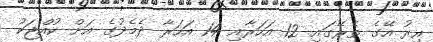
އިރު އޭގެ ތެރޭގައި 12 އަހަރާއި 14 އަހަރާ ދެމެދުގެ އަށް ކުއްޖަކު